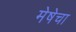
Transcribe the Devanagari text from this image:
मेषेचा